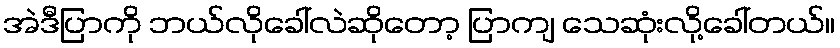
အဲဒီပြာကို ဘယ်လိုခေါ်လဲဆိုတော့ ပြာကျ သေဆုံးလို့ခေါ်တယ်။